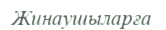
Жинаушыларға